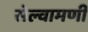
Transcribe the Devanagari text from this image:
सेल्वामणी